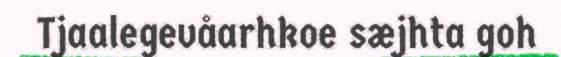
Tjaalegevåarhkoe sæjhta goh